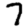
Digit: 7